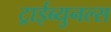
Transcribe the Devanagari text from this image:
ट्राईब्युनल्स